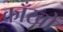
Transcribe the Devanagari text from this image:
काँखों